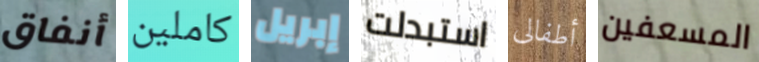
أنفاق كاملين إبريل استبدلت أطفالى المسعفين